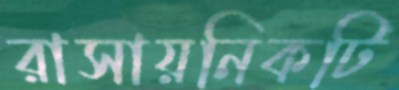
রাসায়নিকটি